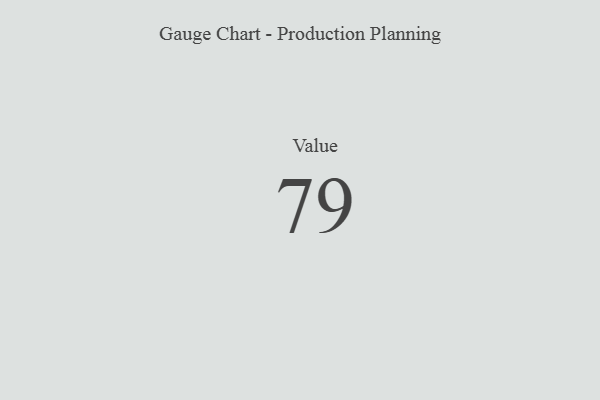
{"axis": {"x": "Metric", "y": "Value"}, "legend": [""], "data": [{"x": "Value", "y": 79, "type": ""}]}